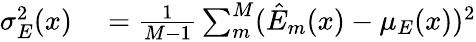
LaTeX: \begin{array}{rl}{\sigma_{E}^{2}(x)}&{{}=\frac{1}{M-1}\sum_{m}^{M}(\hat{E}_{m}(x)-\mu_{E}(x))^{2}}\end{array}